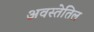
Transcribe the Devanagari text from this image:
अवस्तेतिल